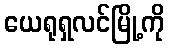
ယေရုရှလင်မြို့ကို